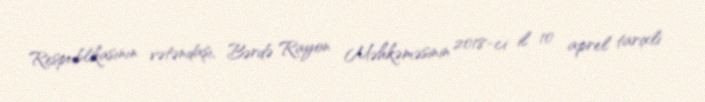
Respublikasının vətəndaşı, Bərdə Rayon Məhkəməsinin 2018-ci il 10 aprel tarixli